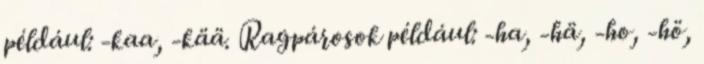
például: -kaa, -kää. Ragpárosok például: -ha, -hä, -ho, -hö,